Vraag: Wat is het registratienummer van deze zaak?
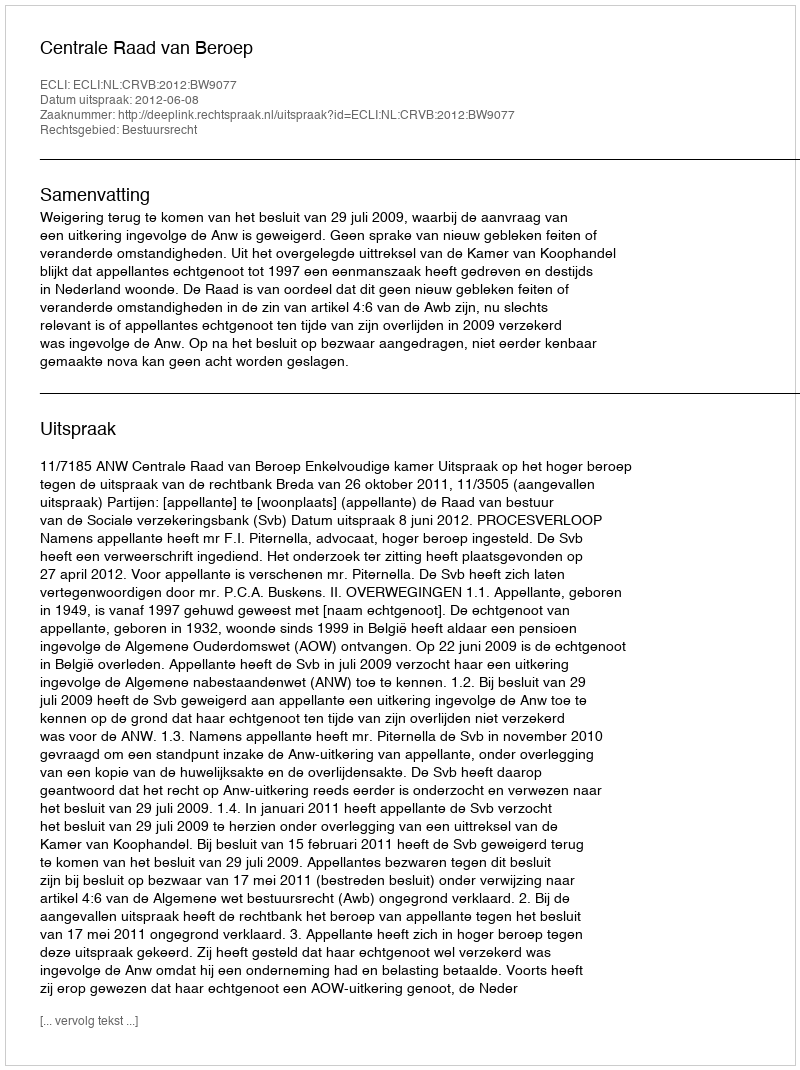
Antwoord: http://deeplink.rechtspraak.nl/uitspraak?id=ECLI:NL:CRVB:2012:BW9077